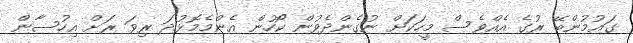
ގައުމުންބޭ ރުގެ އެއްވެސް މީހަކަށް ނުގެންދެވުން ކޯހުން އެންމެމޮޅުދަ ރިވަ ރަށް އިހުސާން